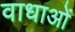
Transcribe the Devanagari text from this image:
वाधाओं